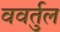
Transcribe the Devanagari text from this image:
ववर्तुल